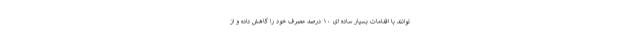
توانند با اقدامات بسیار ساده ای ۱۰ درصد مصرف خود را کاهش داده و از